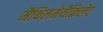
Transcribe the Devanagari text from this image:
मैथिलमेथैक्रिलेट